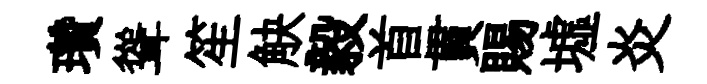
瓚聳笙觖毅首貫賜墟炎